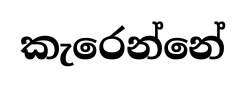
කැරෙන්නේ